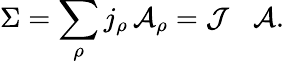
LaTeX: \Sigma=\sum_{\rho}j_{\rho}\, \mathcal{A}_{\rho}=\mathcal{J}^{\mathrm{~\, ~}}\, \mathcal{A}.